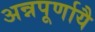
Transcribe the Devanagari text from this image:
अन्नपूर्णायै